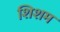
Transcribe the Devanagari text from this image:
शिशम